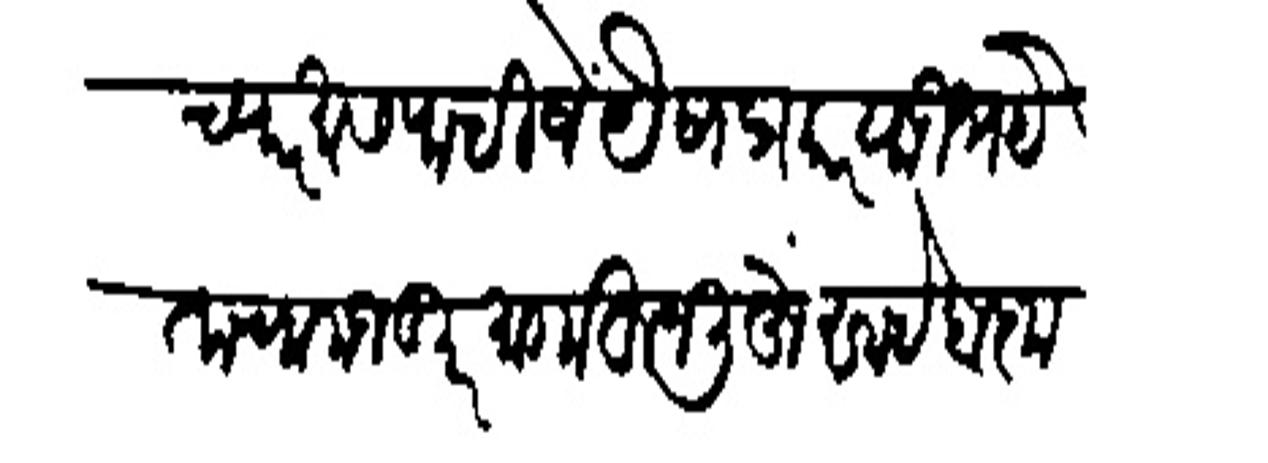
Transliteration (Devanagari): च्यार मास पाहिजे यैसा प्रकार या उभयेताचा मजकूर मागाहून लिहूं साहेब कृपा